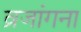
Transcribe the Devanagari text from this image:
व्रजांगना